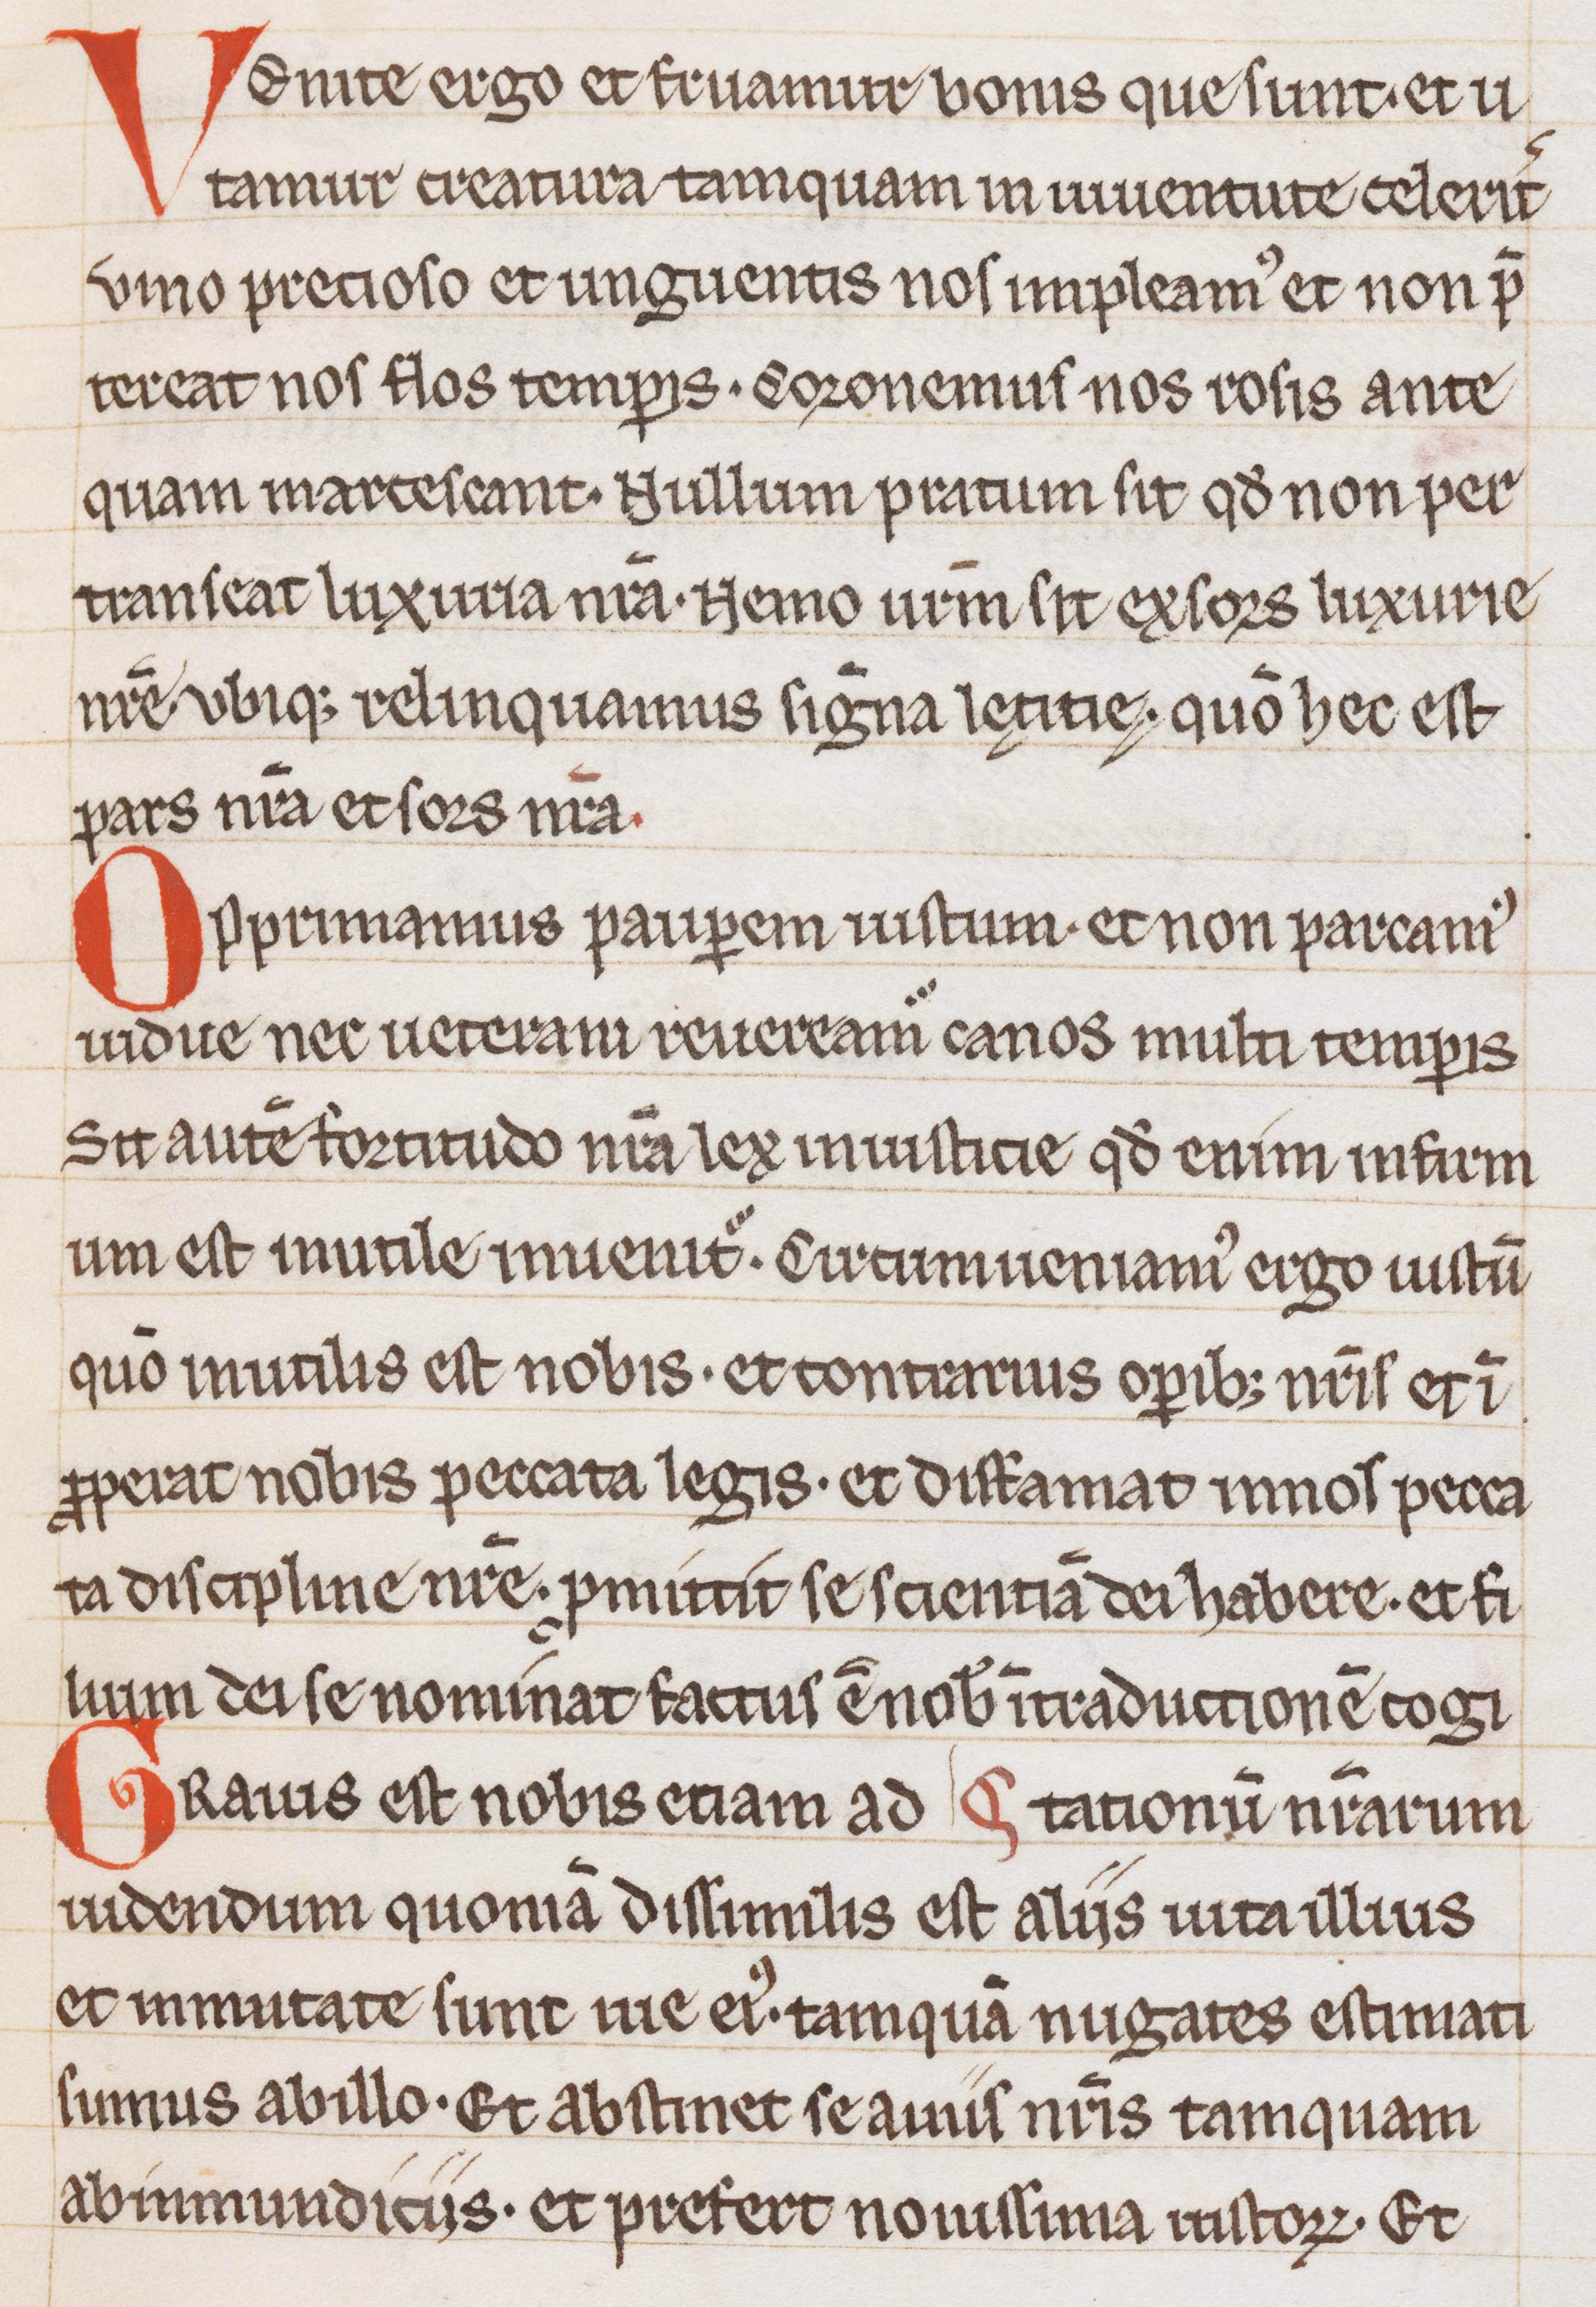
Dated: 1200–1299